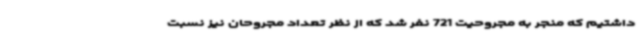
داشتیم که منجر به مجروحیت 721 نفر شد که از نظر تعداد مجروحان نیز نسبت